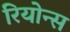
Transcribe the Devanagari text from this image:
रियोन्स